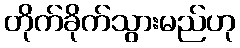
တိုက်ခိုက်သွားမည်ဟု